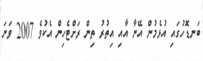
ބަނޑޮހުގައި އުޅެމުން އޭނާ އާއި އިތުރު ތިން ރަށްޓެހިން އެކުވެ 2007 ވަނަ